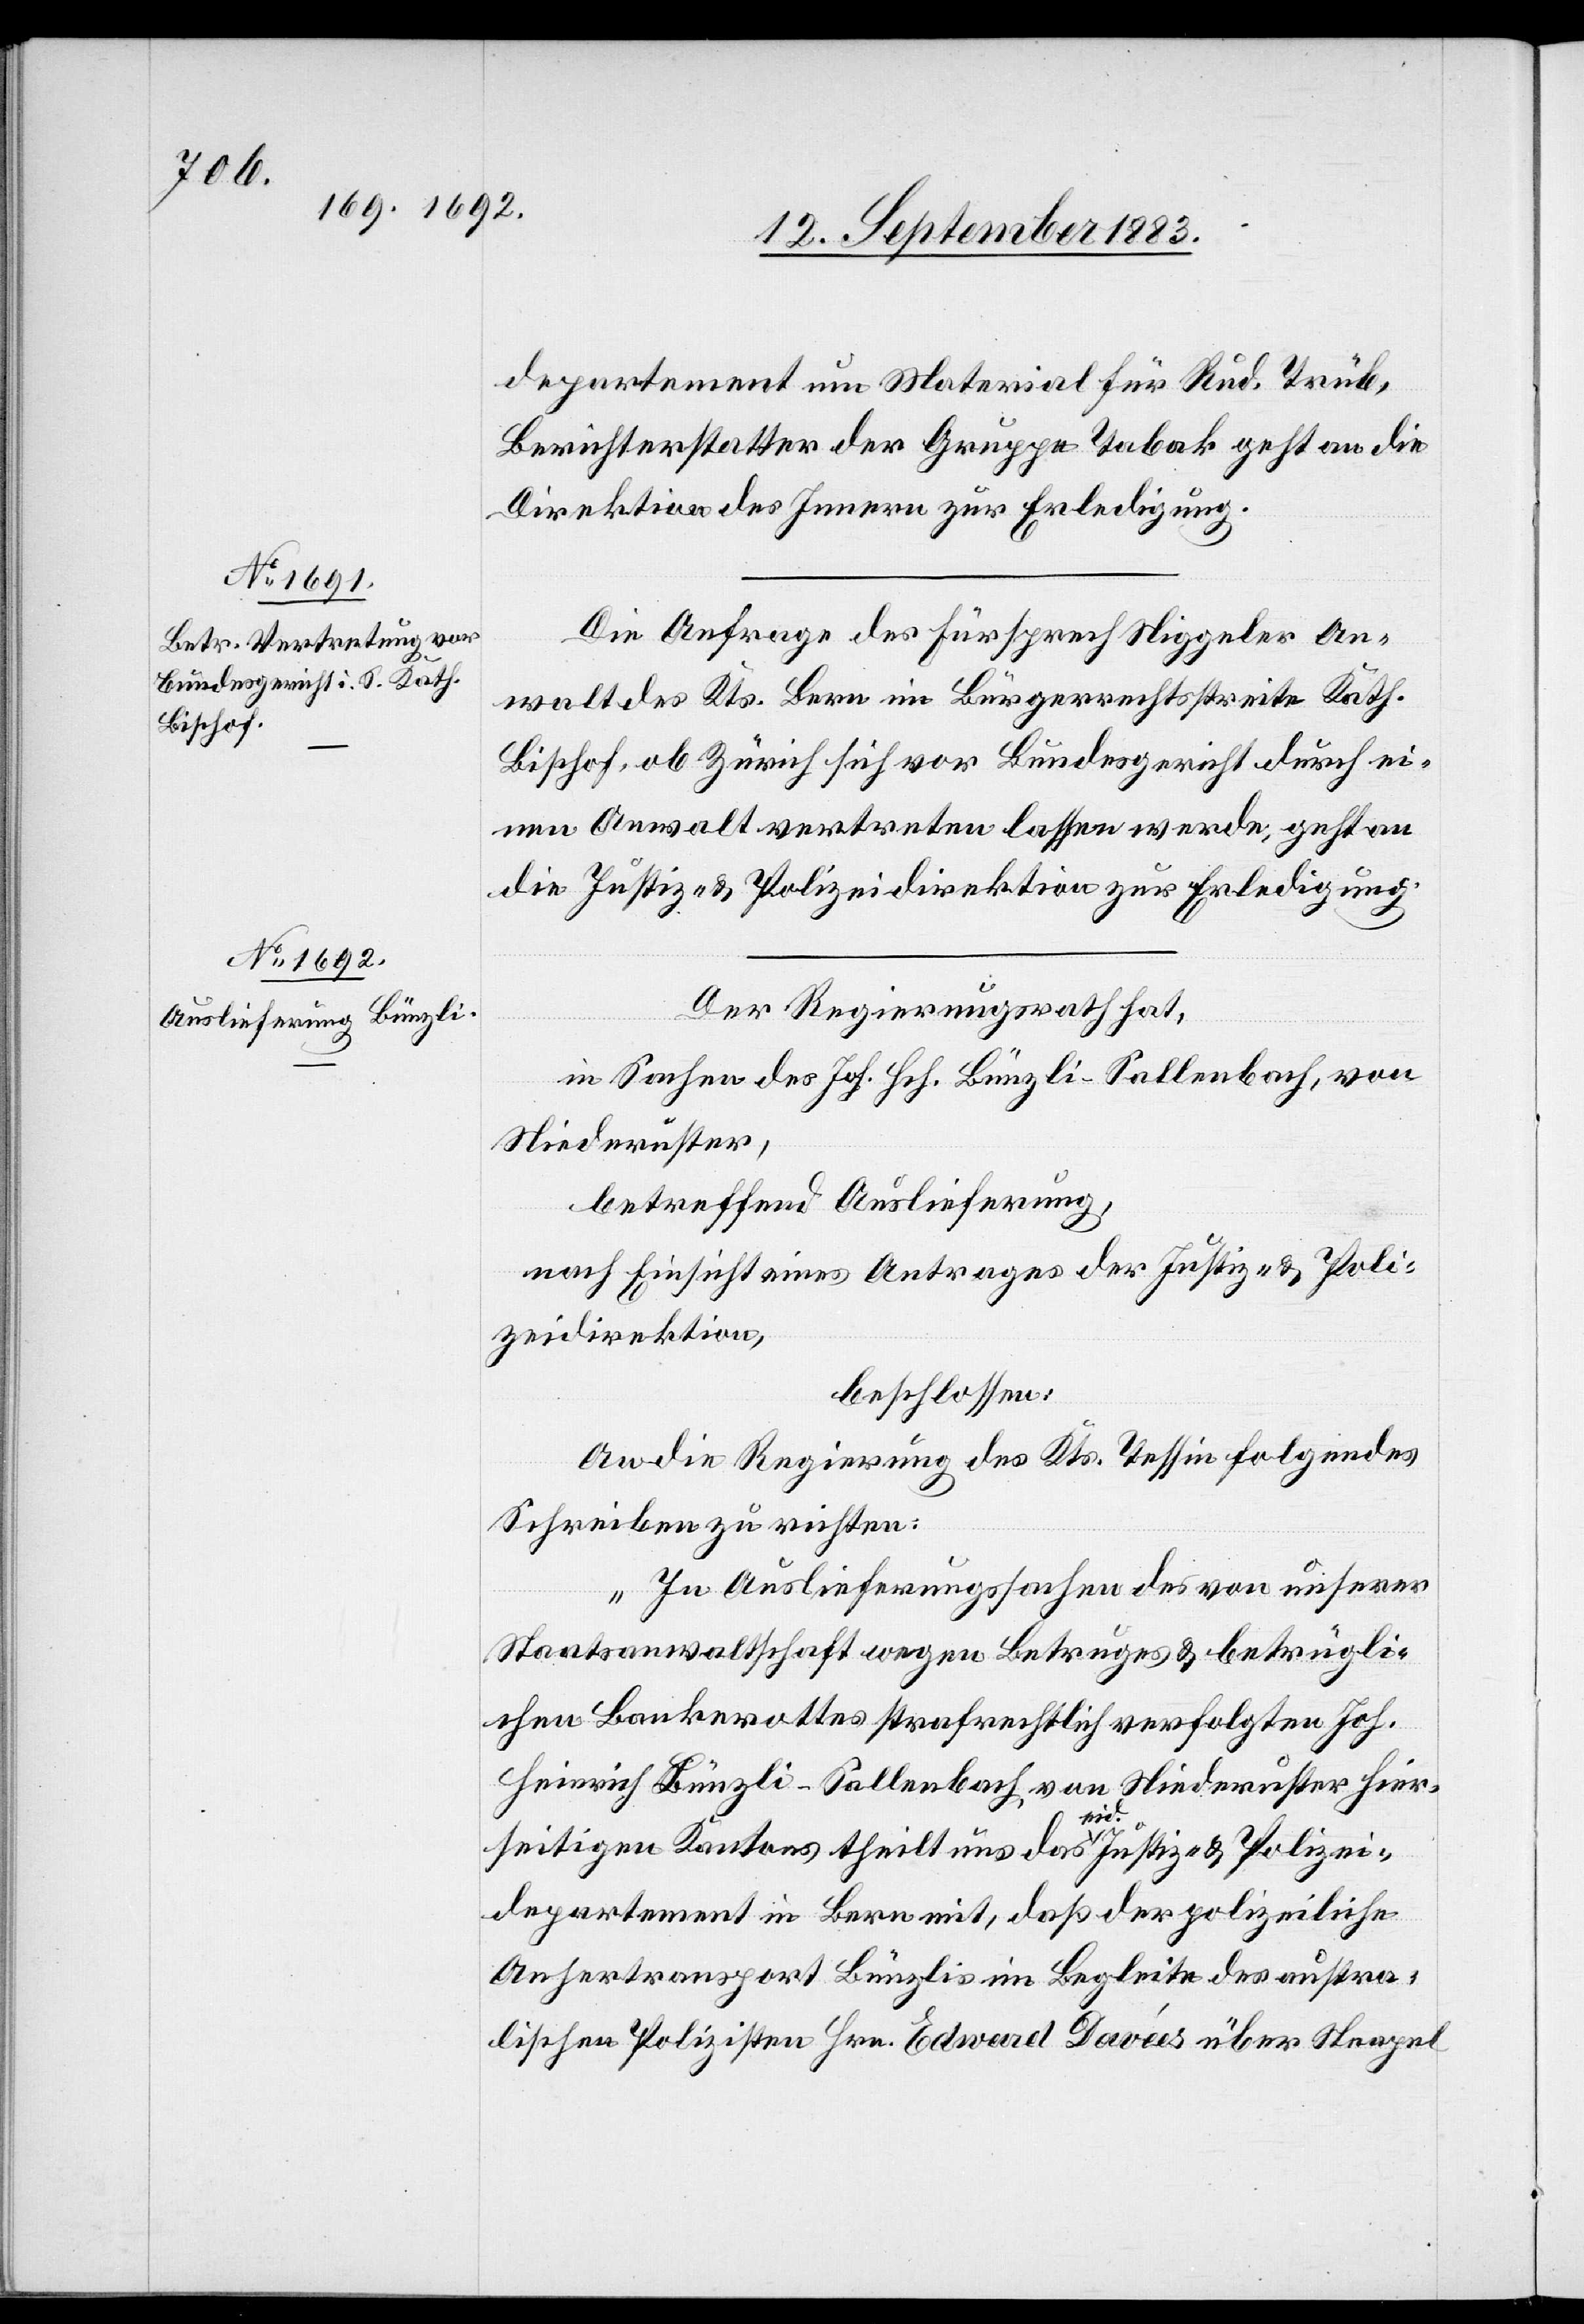
13. September 1883.]
departement um Material für Rud. Trüb,
Berichterstatter der Gruppe Tabak geht an die
Direktion des Innern zur Erledigung.
Die Anfrage des Fürsprech Niggeler An¬
walt des Kts. Bern im Bürgerrechtsstreite Kath.
Bischof, ob Zürich sich vor Bundesgericht durch ei¬
nen Anwalt vertreten lassen werde, geht an
die Justiz- & Polizeidirektion zur Erledigung.
Der Regierungsrath hat,
in Sachen des Joh. Hch. Bünzli-Sallenbach, von
Niederuster,
betreffend Auslieferung,
nach Einsicht eines Antrages der Justiz- & Poli¬
zeidirektion,
beschlossen:
An die Regierung des Kts. Tessin folgendes
Schreiben zu richten:
„In Auslieferungssachen des von unserer
Staatsanwaltschaft wegen Betruges & betrügli¬
chen Bankerottes strafrechtlich verfolgten Joh.
Hch. Bünzli-Sallenbach von Niederuster hier¬
seitigen Kantons theilt uns das eid. Justiz- & Polizei¬
departement in Bern mit, daß der polizeiliche
Anhertransport Bünzlis im Begleite des austra¬
lischen Polizisten Hrn. Edward Davées über Neapel